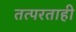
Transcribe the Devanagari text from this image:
तत्परताही